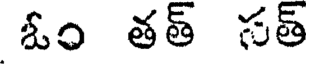
ఓం తత్ సత్